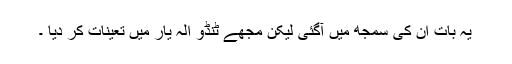
یہ بات اُن کی سمجھ میں آگئی لیکن مجھے ٹنڈو الہ یار میں تعینات کر دیا ۔